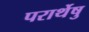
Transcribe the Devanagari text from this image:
परार्थेषु